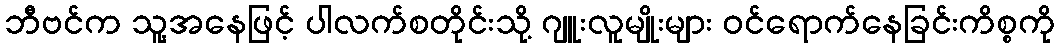
ဘီဗင်က သူ့အနေဖြင့် ပါလက်စတိုင်းသို့ ဂျူးလူမျိုးများ ဝင်ရောက်နေခြင်းကိစ္စကို